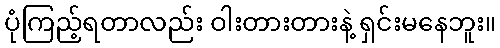
ပုံကြည့်ရတာလည်း ဝါးတားတားနဲ့ ရှင်းမနေဘူး။